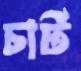
চার্ট